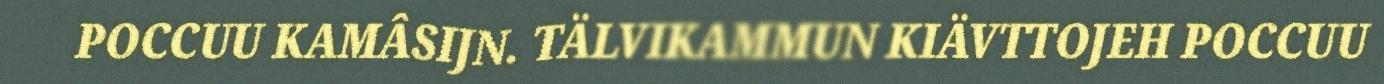
POCCUU KAMÂSIJN. TÄLVIKAMMUN KIÄVTTOJEH POCCUU